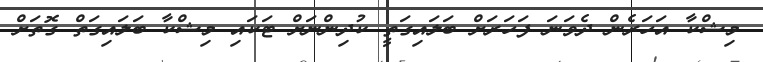
މިޝްކާ އަހަރެން ދެވަނަ ފަހަރަށް ބަލައިގަތީ ކުދިންނަށް ޓަކައި މިޝްކާ ބަލައިގަތް ގޮތަށް